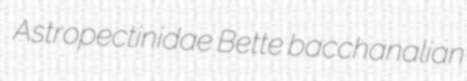
Astropectinidae Bette bacchanalian